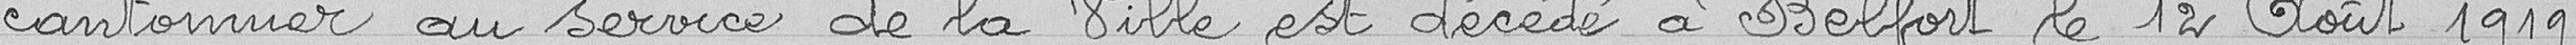
cantonnier au service de la Ville est décédé à Belfort le 12 Août 1919